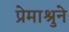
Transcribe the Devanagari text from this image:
प्रेमाश्रुने